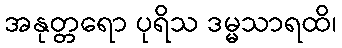
အနုတ္တရော ပုရိသ ဒမ္မသာရထိ၊